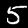
Digit: 5